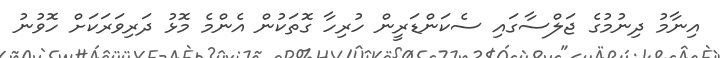
އިނާމު ދިނުމުގެ ޖަލްސާގައި ސެކަންޑަރީން ހުރިހާ ގޮތަކުން އެންމެ މޮޅު ދަރިވަރަކަށް ހޮވުނު